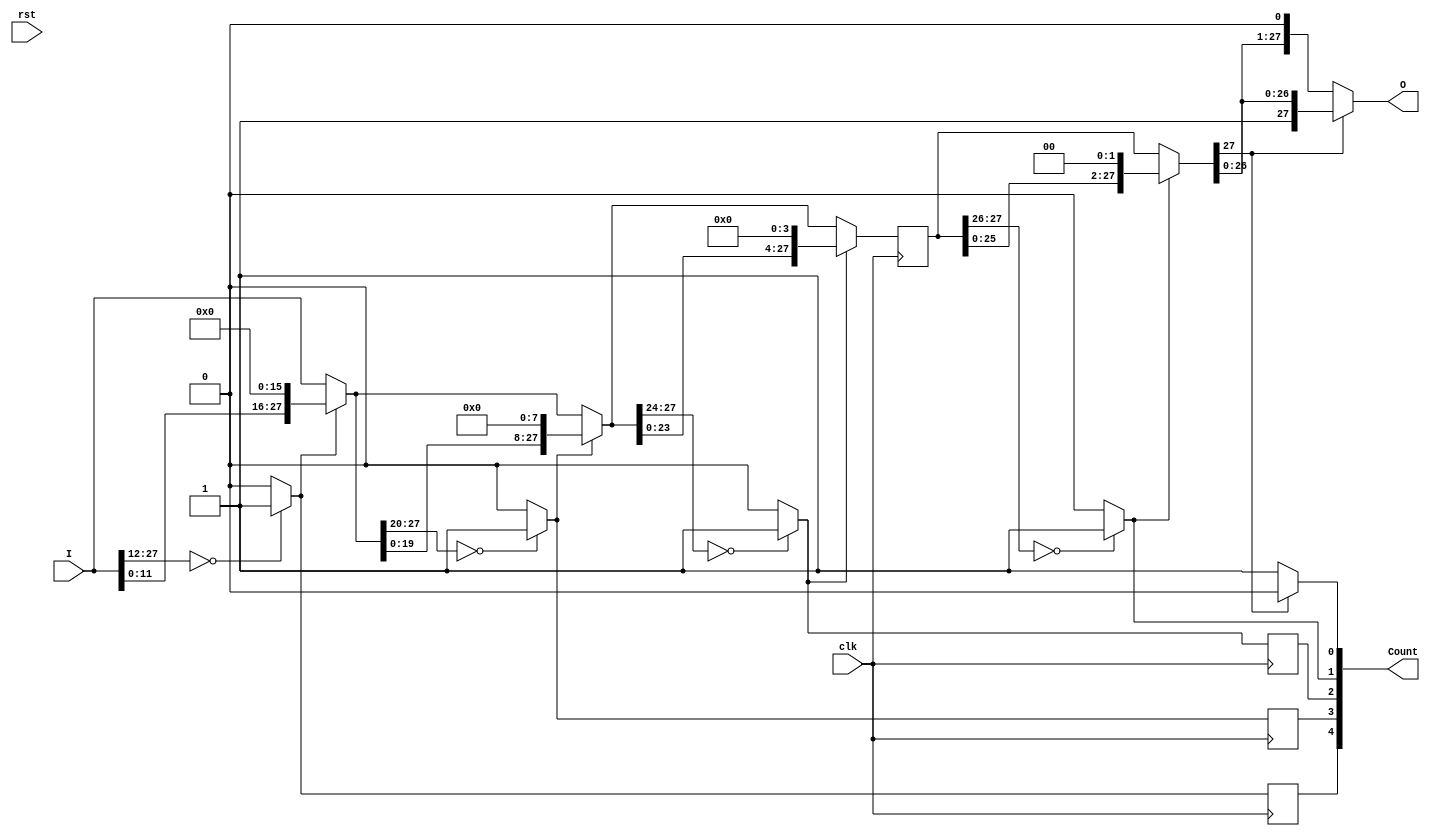
//--------------------------------------------------------------------------------------------
//
// Generated by X-HDL VHDL Translator - Version 2.0.0 Feb. 1, 2011
// Mon Apr 21 2014 01:17:53
//
//      Input file      : 
//      Component name  : lzcshifter_28_to_28_counting_32_uid15
//      Author          : 
//      Company         : 
//
//      Description     : 
//
//
//--------------------------------------------------------------------------------------------

module LZCShifter_28_to_28_counting_32_uid15(clk, rst, I, Count, O);
   input         clk;
   input         rst;
   input [27:0]  I;
   output [4:0]  Count;
   output [27:0] O;
   wire [27:0]   level5;
   wire          count4;
   reg           count4_d1;
   wire [27:0]   level4;
   wire          count3;
   reg           count3_d1;
   wire [27:0]   level3;
   wire          count2;
   reg           count2_d1;
   wire [27:0]   level2;
   reg [27:0]    level2_d1;
   wire          count1;
   wire [27:0]   level1;
   wire          count0;
   wire [27:0]   level0;
   wire [4:0]    sCount;
   
   always @(posedge clk)
      
      begin
         count4_d1 <= count4;
         count3_d1 <= count3;
         count2_d1 <= count2;
         level2_d1 <= level2;
      end
   assign level5 = I;
   assign count4 = (level5[27:12] == 16'b0000000000000000) ? 1'b1 : 
                   1'b0;
   assign level4 = (count4 == 1'b0) ? level5[27:0] : 
                   {level5[11:0], 16'b0000000000000000};
   assign count3 = (level4[27:20] == 8'b00000000) ? 1'b1 : 
                   1'b0;
   assign level3 = (count3 == 1'b0) ? level4[27:0] : 
                   {level4[19:0], 8'b00000000};
   assign count2 = (level3[27:24] == 4'b0000) ? 1'b1 : 
                   1'b0;
   assign level2 = (count2 == 1'b0) ? level3[27:0] : 
                   {level3[23:0], 4'b0000};
   assign count1 = (level2_d1[27:26] == 2'b00) ? 1'b1 : 
                   1'b0;
   assign level1 = (count1 == 1'b0) ? level2_d1[27:0] : 
                   {level2_d1[25:0], 2'b00};
   assign count0 = (level1[27] == 1'b0) ? 1'b1 : 
                   1'b0;
   assign level0 = (count0 == 1'b0) ? level1[27:0] : 
                   {level1[26:0], 1'b0};
   assign O = level0;
   assign sCount = {count4_d1, count3_d1, count2_d1, count1, count0};
   assign Count = sCount;
   
endmodule
//--------------Synchro barrier, entering cycle 4----------------